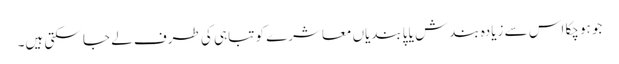
جو ہوچکا اس سے زیادہ بندش یا پابندیاں معاشرے کو تباہی کی طرف لے جا سکتی ہیں۔